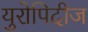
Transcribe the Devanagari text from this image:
युरोपिदीज